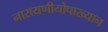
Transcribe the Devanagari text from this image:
नारायणीयोपाख्यान